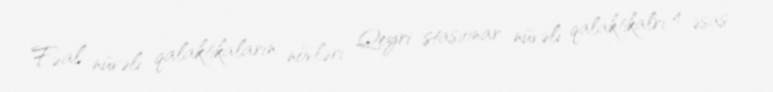
Fəal nüvəli qalaktikaların növləri Qeyri stasionar nüvəli qalaktikalrı 4 əsas